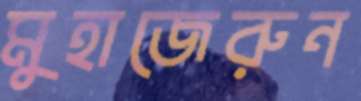
মুহাজেরুন